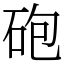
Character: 砲